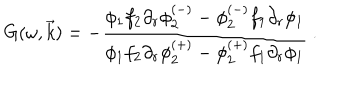
LaTeX: G ( \omega , \vec { k } ) = - \frac { \phi _ { 1 } f _ { 2 } \partial _ { r } \phi _ { 2 } ^ { ( - ) } - \phi _ { 2 } ^ { ( - ) } f _ { 1 } \partial _ { r } \phi _ { 1 } } { \phi _ { 1 } f _ { 2 } \partial _ { r } \phi _ { 2 } ^ { ( + ) } - \phi _ { 2 } ^ { ( + ) } f _ { 1 } \partial _ { r } \phi _ { 1 } } \ .